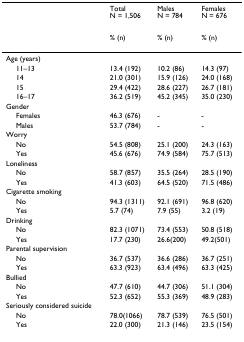
<table><thead><tr><td></td><td><b>TotalN = 1,506</b></td><td><b>MalesN = 784</b></td><td><b>FemalesN = 676</b></td></tr></thead><tbody><tr><td></td><td>% (n)</td><td>% (n)</td><td>% (n)</td></tr><tr><td>Age (years)</td><td></td><td></td><td></td></tr><tr><td> 11–13</td><td>13.4 (192)</td><td>10.2 (86)</td><td>14.3 (97)</td></tr><tr><td> 14</td><td>21.0 (301)</td><td>15.9 (126)</td><td>24.0 (168)</td></tr><tr><td> 15</td><td>29.4 (422)</td><td>28.6 (227)</td><td>26.7 (181)</td></tr><tr><td> 16–17</td><td>36.2 (519)</td><td>45.2 (345)</td><td>35.0 (230)</td></tr><tr><td>Gender</td><td></td><td></td><td></td></tr><tr><td> Females</td><td>46.3 (676)</td><td>-</td><td>-</td></tr><tr><td> Males</td><td>53.7 (784)</td><td>-</td><td>-</td></tr><tr><td>Worry</td><td></td><td></td><td></td></tr><tr><td> No</td><td>54.5 (808)</td><td>25.1 (200)</td><td>24.3 (163)</td></tr><tr><td> Yes</td><td>45.6 (676)</td><td>74.9 (584)</td><td>75.7 (513)</td></tr><tr><td>Loneliness</td><td></td><td></td><td></td></tr><tr><td> No</td><td>58.7 (857)</td><td>35.5 (264)</td><td>28.5 (190)</td></tr><tr><td> Yes</td><td>41.3 (603)</td><td>64.5 (520)</td><td>71.5 (486)</td></tr><tr><td>Cigarette smoking</td><td></td><td></td><td></td></tr><tr><td> No</td><td>94.3 (1311)</td><td>92.1 (691)</td><td>96.8 (620)</td></tr><tr><td> Yes</td><td>5.7 (74)</td><td>7.9 (55)</td><td>3.2 (19)</td></tr><tr><td>Drinking</td><td></td><td></td><td></td></tr><tr><td> No</td><td>82.3 (1071)</td><td>73.4 (553)</td><td>50.8 (518)</td></tr><tr><td> Yes</td><td>17.7 (230)</td><td>26.6(200)</td><td>49.2(501)</td></tr><tr><td>Parental supervision</td><td></td><td></td><td></td></tr><tr><td> No</td><td>36.7 (537)</td><td>36.6 (286)</td><td>36.7 (251)</td></tr><tr><td> Yes</td><td>63.3 (923)</td><td>63.4 (496)</td><td>63.3 (425)</td></tr><tr><td>Bullied</td><td></td><td></td><td></td></tr><tr><td> No</td><td>47.7 (610)</td><td>44.7 (306)</td><td>51.1 (304)</td></tr><tr><td> Yes</td><td>52.3 (652)</td><td>55.3 (369)</td><td>48.9 (283)</td></tr><tr><td>Seriously considered suicide</td><td></td><td></td><td></td></tr><tr><td> No</td><td>78.0(1066)</td><td>78.7 (539)</td><td>76.5 (501)</td></tr><tr><td> Yes</td><td>22.0 (300)</td><td>21.3 (146)</td><td>23.5 (154)</td></tr></tbody></table>